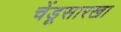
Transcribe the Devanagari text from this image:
चेंडूसारखा